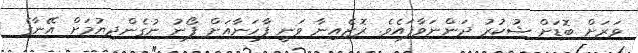
ވަރަށް ބޮޑަށް ޝުކުރު ދަންނަވާފައެވެ. ރޮޒެއިނާ ވަނީ ފާހަނާއަށް ފޯނު ނުގެންދިޔުމަށް އޭނާގެ